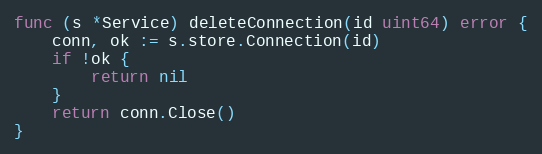
Language: Go
func (s *Service) deleteConnection(id uint64) error {
	conn, ok := s.store.Connection(id)
	if !ok {
		return nil
	}
	return conn.Close()
}